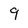
Character: 9